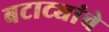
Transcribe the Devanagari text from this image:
बटाट्यांचे